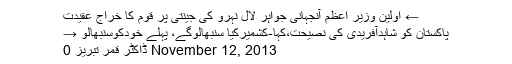
← اولین وزیر اعظم آنجہانی جواہر لال نہرو کی جینتی پر قوم کا خراج عقیدت
پاکستان کو شاہدآفریدی کی نصیحت،کہا-کشمیرکیا سنبھالوگے، پہلے خودکوسنبھالو →
November 12, 2013 ڈاکٹر قمر تبریز 0